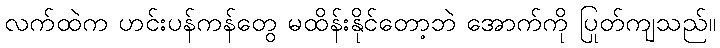
လက်ထဲက ဟင်းပန်ကန်တွေ မထိန်းနိုင်တော့ဘဲ အောက်ကို ပြုတ်ကျသည်။